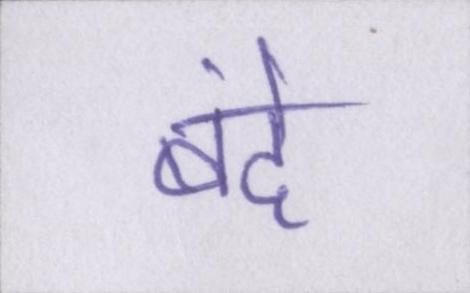
बंदे